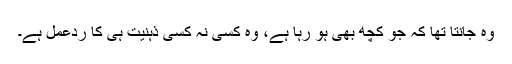
وہ جانتا تھا کہ جو کچھ بھی ہو رہا ہے، وہ کسی نہ کسی ذہنیت ہی کا ردعمل ہے۔